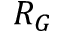
R _ { G }